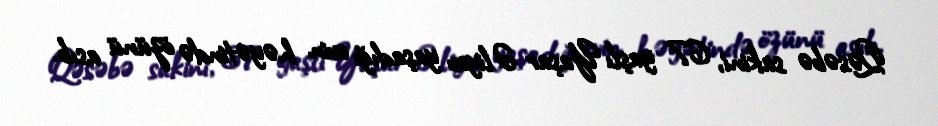
Qəsəbə sakini, 67 yaşlı Yaşar Əliyev yaşadığı evin həyətində özünü asıb.